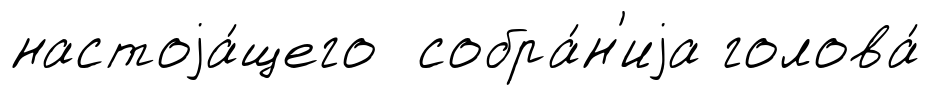
настоjа́щего собра́н'иjа голова́